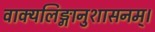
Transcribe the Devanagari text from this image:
वाक्यलिङ्गानुशासनम्।